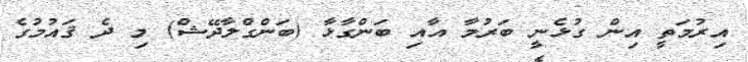
އިރުމަތީ އިން ގުޅެނީ ބަރުމާ އާއި ބަންގާޅާ (ބަންގްލާދޭޝް) މި ދެ ޤައުމުގެ